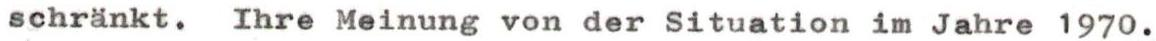
schränkt. Ihre Meinung von der Situation im Jahre 1970.